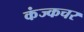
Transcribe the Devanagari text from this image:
कंज्कचर